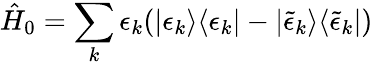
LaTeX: \hat{H}_{0}=\sum_{k}\epsilon_{k}(|\epsilon_{k}\rangle\langle\epsilon_{k}|-|\tilde{\epsilon}_{k}\rangle\langle\tilde{\epsilon}_{k}|)